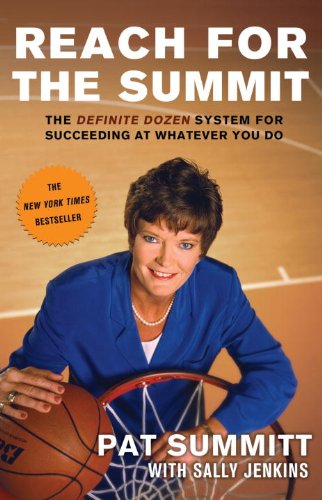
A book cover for Reach for the Summit; Pat Summitt; Sports & Outdoors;